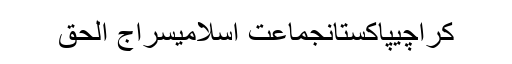
کراچیپاکستانجماعت اسلامیسراج الحق